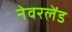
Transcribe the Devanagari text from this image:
नेवरलेंड